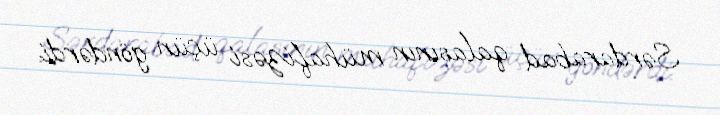
Sərdarabad qalasının mühafizəsi üçün göndərdi.